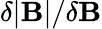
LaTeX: \delta|\mathbf{B}|/\delta\mathbf{B}